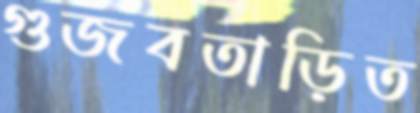
গুজবতাড়িত